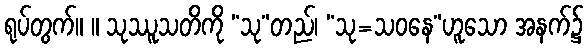
ရုပ်တွက်။ ။ သုဿူသတိကို “သု”တည်၊ “သု=သဝနေ”ဟူသော အနက်၌